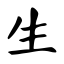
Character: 生